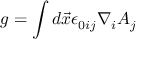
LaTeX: g = \int d \vec { x } \epsilon _ { 0 i j } \nabla _ { i } A _ { j }